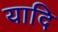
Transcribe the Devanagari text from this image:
यादि